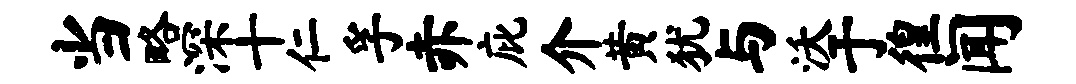
当略深十仁孚赤庇介黄犹与沃于徨闻